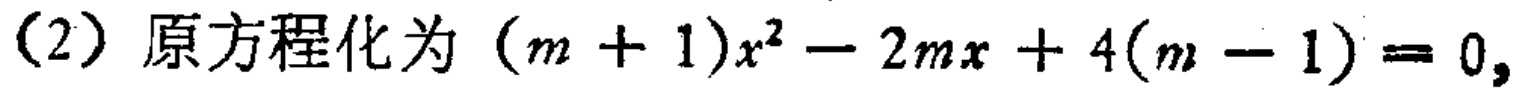
（2）原方程化为 \((m + 1)x^{2}-2mx + 4(m - 1)=0\)，